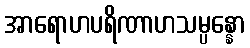
အာရောဟပရိဏာဟသမ္ပန္နော